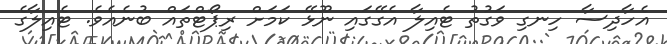
އެހާދިސާ ހިނގި ވަގުތު ޓެއިލާ އެގޭގައި ނޫޅޭ ކަމަށް ރިޕޯޓްތައް ބުނެއެވެ. ޓެއިލާގެ